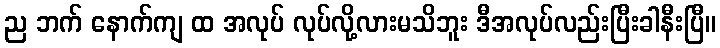
ည ဘက် နောက်ကျ ထ အလုပ် လုပ်လို့လားမသိဘူး ဒီအလုပ်လည်းပြီးခါနီးပြီ။